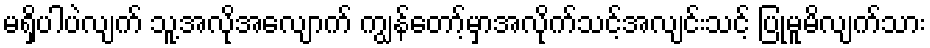
မရှိပါပဲလျက် သူ့အလိုအလျောက် ကျွန်တော့်မှာအလိုက်သင့်အလျင်းသင့် ပြုမူမိလျက်သား